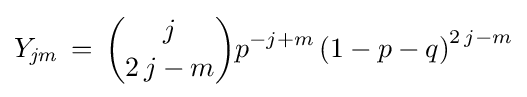
Y_{\it {jm}}\,=\,{j \choose 2\,j-m}{p}^{-j+m}\left(1-p-q\right)^{2\,j-m}